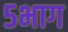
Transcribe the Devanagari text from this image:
५भाग